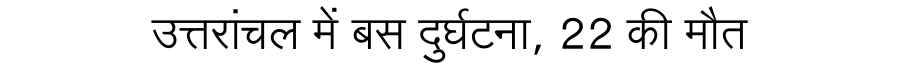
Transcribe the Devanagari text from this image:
उत्तरांचल में बस दुर्घटना, 22 की मौत